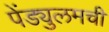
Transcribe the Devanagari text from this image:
पेंड्युलमची